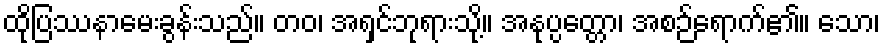
ထိုပြဿနာမေးခွန်းသည်။ တဝ၊ အရှင်ဘုရားသို့။ အနုပ္ပတ္တော၊ အစဉ်ရောက်၏။ သော၊